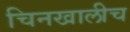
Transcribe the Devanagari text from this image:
चिनखालीच